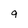
Character: 9